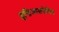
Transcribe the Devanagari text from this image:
इन्डिआनापोलिस